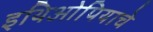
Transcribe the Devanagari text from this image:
इथिओपियाचे